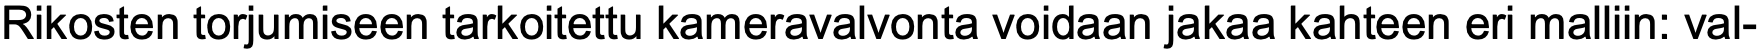
Rikosten torjumiseen tarkoitettu kameravalvonta voidaan jakaa kahteen eri malliin: val-